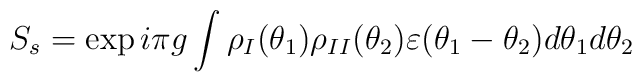
S_{s}=\exp i\pi g\int \rho _{I}(\theta _{1})\rho _{II}(\theta_{2})\varepsilon (\theta _{1}-\theta _{2})d\theta _{1}d\theta _{2}